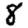
Digit: 8